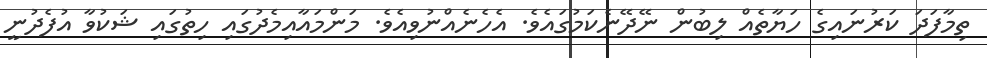
ތިމާފަދަ ކަރުނައިގެ ހަޔާތެއް ލިބުން ނޭދޭނެކަމުގައެވެ. އެހެނެއްނުވިއެވެ. މަންމައާއިމެދުގައި ހިތުގައި ޝަކުވާ އުފެދުނީ